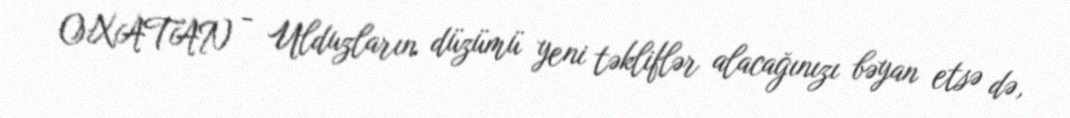
OXATAN - Ulduzların düzümü yeni təkliflər alacağınızı bəyan etsə də,